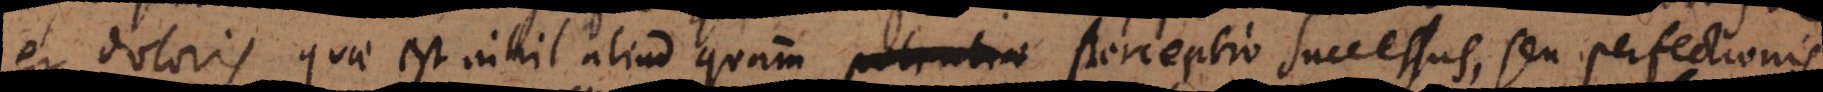
et doloris quae est nihil aliud quam potentiae perceptio successus, seu perfectionis